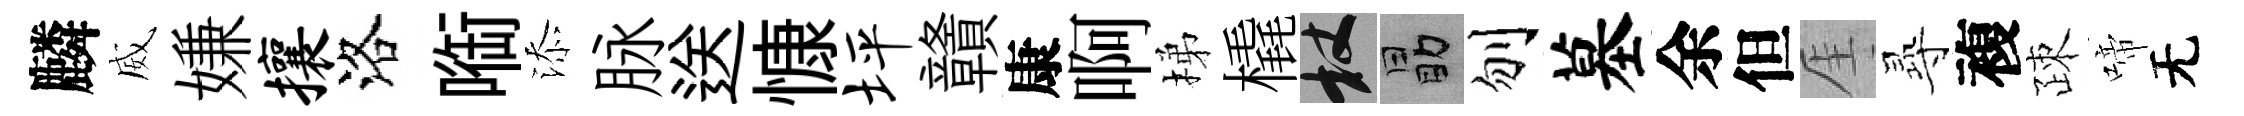
麟威嫌攘洛㗸添脉送慷坪贛康啊梯橇杖勗刎墓余但厓𡬶複疎啼无